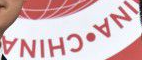
INA·CHINA